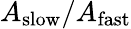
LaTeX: A_{\mathrm{slow}}/A_{\mathrm{fast}}